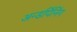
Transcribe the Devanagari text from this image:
अन्डर्पिनिंग